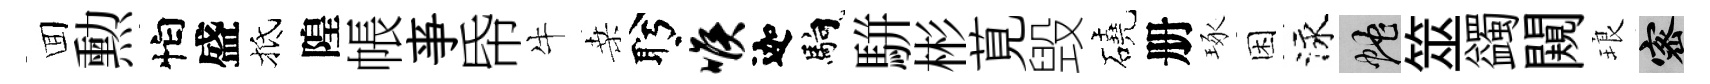
囬勲怕盛抵隍帳亊帋牛桑盻喉迦馿駢彬莧毁磽册琢困泳蛇筮蠲闚琅密